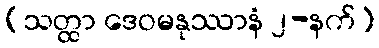
(သတ္ထာ ဒေဝမနုဿာနံ ၂-နက်)